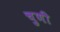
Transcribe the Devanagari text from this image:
चुणी